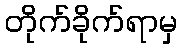
တိုက်ခိုက်ရာမှ